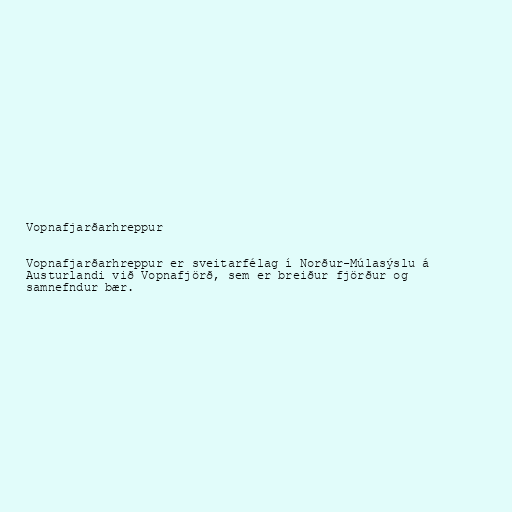
Vopnafjarðarhreppur

Vopnafjarðarhreppur er sveitarfélag í Norður-Múlasýslu á
Austurlandi við Vopnafjörð, sem er breiður fjörður og
samnefndur bær.